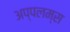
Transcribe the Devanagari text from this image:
अप्पलम्स